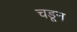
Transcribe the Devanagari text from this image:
चडून